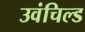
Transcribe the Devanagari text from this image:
उवंचिल्ड